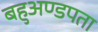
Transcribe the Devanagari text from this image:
बहुअण्डपता